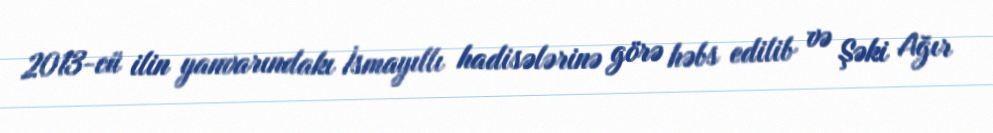
2013-cü ilin yanvarındakı İsmayıllı hadisələrinə görə həbs edilib və Şəki Ağır